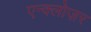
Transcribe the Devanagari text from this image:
एन्क्लोज़र